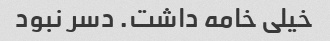
خیلی خامه داشت. دسر نبود